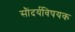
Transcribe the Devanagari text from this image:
सौंदर्यविषयक